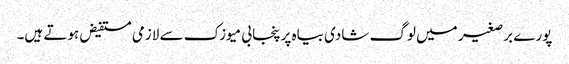
پورے برصغیر میں لوگ شادی بیاہ پر پنجابی میوزک سے لازمی مستفیض ہوتے ہیں۔